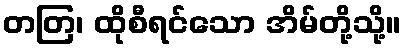
တတြ၊ ထိုစီရင်သော အိမ်တို့သို့။